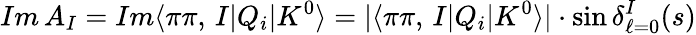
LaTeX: Im\, A_{I}=Im\langle\pi\pi,\, I|Q_{i}|K^{0}\rangle=|\langle\pi\pi,\, I|Q_{i}|K^{0}\rangle|\cdot\sin\delta_{\ell=0}^{I}(s)